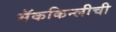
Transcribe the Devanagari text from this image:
मॅककिन्लीची